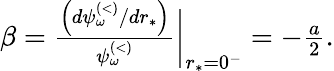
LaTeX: \begin{array}{r}{\beta=\frac{\left(d\psi_{\omega}^{\scriptscriptstyle(<)}/dr_{*}\right)}{\psi_{\omega}^{\scriptscriptstyle(<)}}\bigg|_{r_{*}=0^{-}}=-\frac{a}{2}.}\end{array}